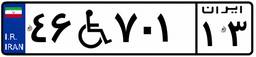
۴۶W۷۰۱۱۳